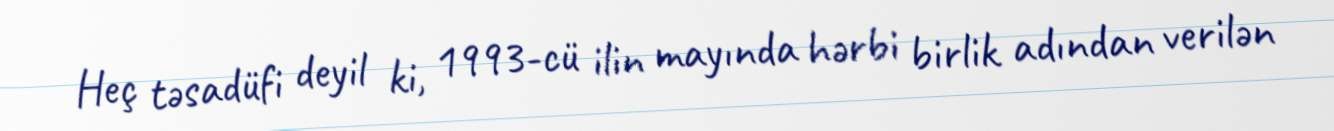
Heç təsadüfi deyil ki, 1993-cü ilin mayında hərbi birlik adından verilən